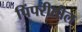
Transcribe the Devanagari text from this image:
पिंपरीतील